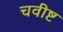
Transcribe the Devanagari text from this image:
चवीष्ट